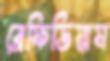
ব্রেফিডিয়াম